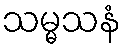
သမ္မသနံ